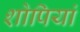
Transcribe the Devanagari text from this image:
शोपियां